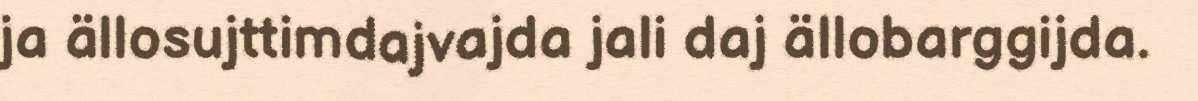
ja ällosujttimdajvajda jali daj ällobarggijda.